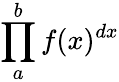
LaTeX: \prod_{a}^{b}f(x)^{dx}